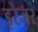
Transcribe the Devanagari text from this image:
इरेजर